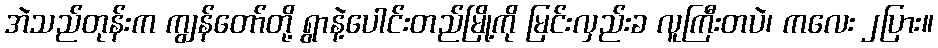
အဲသည်တုန်းက ကျွန်တော်တို့ ရွာနဲ့ပေါင်းတည်မြို့ကို မြင်းလှည်းခ လူကြီးတပဲ၊ ကလေး ၂ပြား။